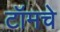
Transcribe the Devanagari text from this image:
टॉमचे